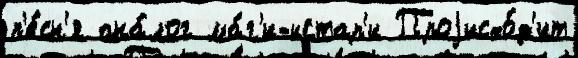
п'е́сн'я ана́лог ма́г'и-истар'и Проjисхо́д'ит